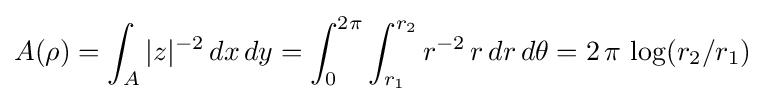
A(\rho )=\int _{A}|z|^{-2}\,dx\,dy=\int _{0}^{2\pi }\int _{r_{1}}^{r_{2}}r^{-2}\,r\,dr\,d\theta =2\,\pi \,\log(r_{2}/r_{1})